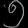
Digit: ၅